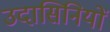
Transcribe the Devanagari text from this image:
उदासिनियों